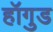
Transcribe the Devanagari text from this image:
हॉगुड